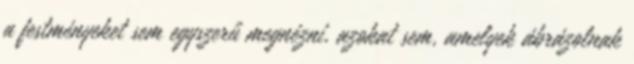
a festményeket sem egyszerű megnézni, azokat sem, amelyek ábrázolnak